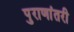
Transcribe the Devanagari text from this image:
पुराणांतरी